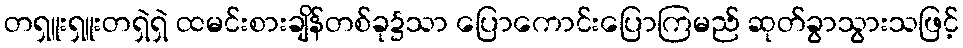
တရှူးရှူးတရှဲရှဲ ထမင်းစားချိန်တစ်ခု၌သာ ပြောကောင်းပြောကြမည် ဆုတ်ခွာသွားသဖြင့်